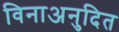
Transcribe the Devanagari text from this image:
विनाअनुदित